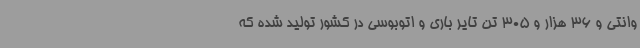
وانتی و 36 هزار و 305 تن تایر باری و اتوبوسی در کشور تولید شده که